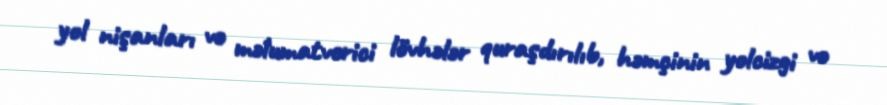
yol nişanları və məlumatverici lövhələr quraşdırılıb, həmçinin yolcizgi və